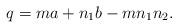
LaTeX: \begin{align*}q=ma+n_1b-mn_1n_2.\end{align*}